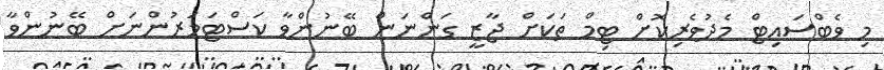
މި ވެބްސައިޓް މެދުވެރިކޮށް ޓިމް ތަކަށް ޖާޒީ ގަންނަން ބޭނުންވާ ކަސްޓަމަރުންނަށް ބޭނުންވާ